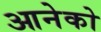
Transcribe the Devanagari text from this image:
आनेको